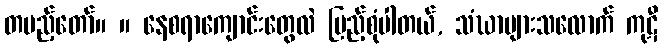
တပည့်တော်။ ။ နေစရာကျောင်းတွေလဲ ပြည့်စုံပါတယ်, သံဃာများသလောက် ကုဋီ